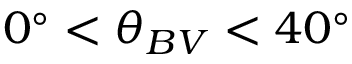
0 ^ { \circ } < \theta _ { B V } < 4 0 ^ { \circ }